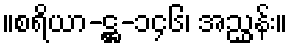
။စရိယာ-ဋ္ဌ-၁၄၆၊ အညွှန်း။